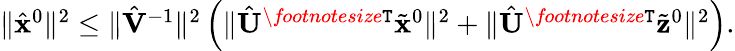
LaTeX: \begin{array}{r}{\| \hat{{\mathbf{x}}}^{0}\| ^{2}\leq\| \hat{{\mathbf{V}}}^{-1}\| ^{2}\left(\| \hat{{\mathbf{U}}}^{\textit{\footnotesize\texttt{T}}}\tilde{{\mathbf{x}}}^{0}\| ^{2}+\| \hat{{\mathbf{U}}}^{\textit{\footnotesize\texttt{T}}}\tilde{{\mathbf{z}}}^{0}\| ^{2}\right).}\end{array}